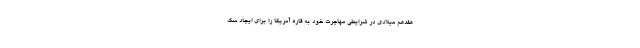
هفدهم میلادی در شرایطی مهاجرت خود به قاره آمریکا را برای ایجاد سک